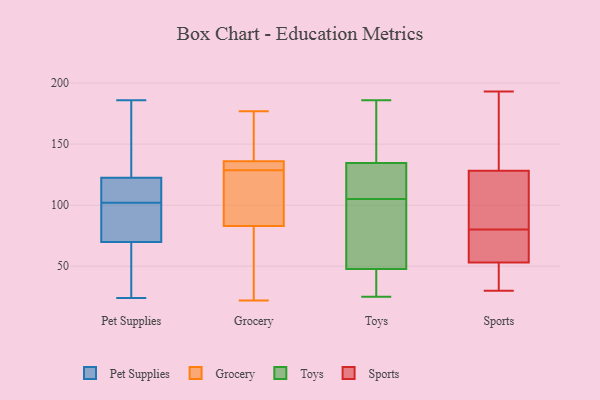
{"axis": {"x": "Population (Million)", "y": "Value"}, "legend": ["Grocery", "Pet Supplies", "Sports", "Toys"], "data": [{"x": "", "y": 60, "type": "Pet Supplies"}, {"x": "", "y": 186, "type": "Pet Supplies"}, {"x": "", "y": 121, "type": "Pet Supplies"}, {"x": "", "y": 115, "type": "Pet Supplies"}, {"x": "", "y": 53, "type": "Pet Supplies"}, {"x": "", "y": 24, "type": "Pet Supplies"}, {"x": "", "y": 73, "type": "Pet Supplies"}, {"x": "", "y": 88, "type": "Pet Supplies"}, {"x": "", "y": 127, "type": "Pet Supplies"}, {"x": "", "y": 176, "type": "Pet Supplies"}, {"x": "", "y": 97, "type": "Pet Supplies"}, {"x": "", "y": 102, "type": "Pet Supplies"}, {"x": "", "y": 105, "type": "Pet Supplies"}, {"x": "", "y": 125, "type": "Grocery"}, {"x": "", "y": 128, "type": "Grocery"}, {"x": "", "y": 170, "type": "Grocery"}, {"x": "", "y": 144, "type": "Grocery"}, {"x": "", "y": 136, "type": "Grocery"}, {"x": "", "y": 109, "type": "Grocery"}, {"x": "", "y": 70, "type": "Grocery"}, {"x": "", "y": 177, "type": "Grocery"}, {"x": "", "y": 83, "type": "Grocery"}, {"x": "", "y": 134, "type": "Grocery"}, {"x": "", "y": 136, "type": "Grocery"}, {"x": "", "y": 79, "type": "Grocery"}, {"x": "", "y": 22, "type": "Grocery"}, {"x": "", "y": 129, "type": "Grocery"}, {"x": "", "y": 186, "type": "Toys"}, {"x": "", "y": 119, "type": "Toys"}, {"x": "", "y": 25, "type": "Toys"}, {"x": "", "y": 109, "type": "Toys"}, {"x": "", "y": 123, "type": "Toys"}, {"x": "", "y": 49, "type": "Toys"}, {"x": "", "y": 58, "type": "Toys"}, {"x": "", "y": 44, "type": "Toys"}, {"x": "", "y": 84, "type": "Toys"}, {"x": "", "y": 182, "type": "Toys"}, {"x": "", "y": 39, "type": "Toys"}, {"x": "", "y": 169, "type": "Toys"}, {"x": "", "y": 105, "type": "Toys"}, {"x": "", "y": 171, "type": "Sports"}, {"x": "", "y": 30, "type": "Sports"}, {"x": "", "y": 135, "type": "Sports"}, {"x": "", "y": 45, "type": "Sports"}, {"x": "", "y": 50, "type": "Sports"}, {"x": "", "y": 193, "type": "Sports"}, {"x": "", "y": 58, "type": "Sports"}, {"x": "", "y": 126, "type": "Sports"}, {"x": "", "y": 54, "type": "Sports"}, {"x": "", "y": 46, "type": "Sports"}, {"x": "", "y": 80, "type": "Sports"}, {"x": "", "y": 166, "type": "Sports"}, {"x": "", "y": 77, "type": "Sports"}, {"x": "", "y": 77, "type": "Sports"}, {"x": "", "y": 114, "type": "Sports"}, {"x": "", "y": 87, "type": "Sports"}, {"x": "", "y": 125, "type": "Sports"}]}